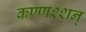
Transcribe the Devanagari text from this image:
कण्णश्शन्